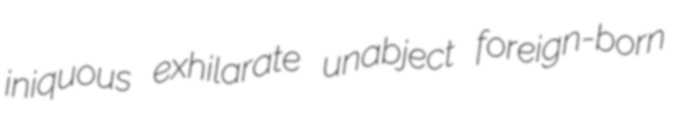
iniquous exhilarate unabject foreign-born